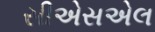
સીએસએલ